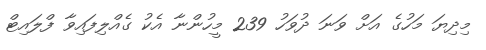
މިދިޔަ މަހުގެ އަށް ވަނަ ދުވަހު 239 މީހުންނާ އެކު ގެއްލިފައިވާ ފްލައިޓް